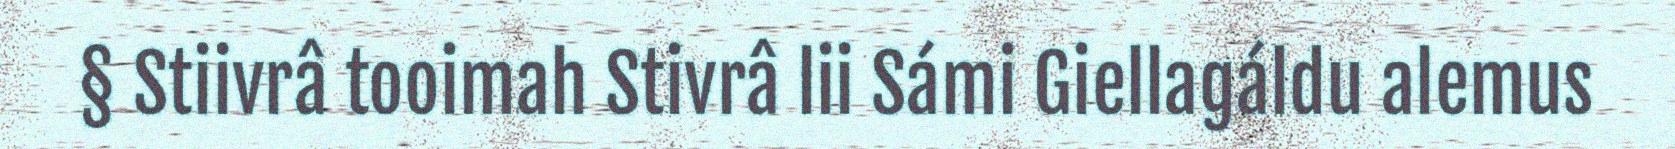
§ Stiivrâ tooimah Stivrâ lii Sámi Giellagáldu alemus